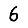
Digit: 6